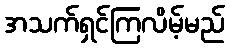
အသက်ရှင်ကြလိမ့်မည်